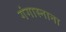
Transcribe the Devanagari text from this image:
गंगास्नाना